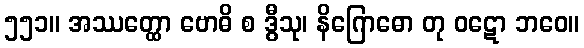
၅၅၁။ အဿတ္ထော ဗောဓိ စ ဒွီသု၊ နိဂြောဓော တု ဝဋော ဘဝေ။